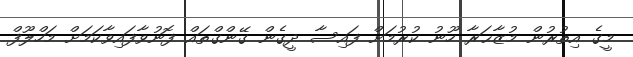
މީގެ އިތުރުން މުޒާޙަރާ ހޫނު ކުރުމަށް ފައިސާ ދީގެން ގޭންގްތައް ފޮނުވާފައިވާކަމަށް މަހްލޫފް